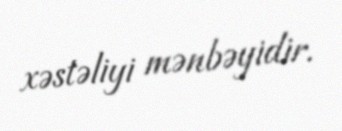
xəstəliyi mənbəyidir.